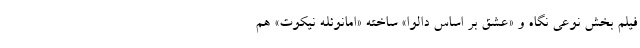
فیلم بخش نوعی نگاه و «عشق بر اساس دالوا» ساخته «امانوئله نیکوت» هم